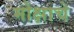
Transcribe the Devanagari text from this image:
मोक्षाचे